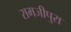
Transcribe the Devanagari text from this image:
रामजीपुरा